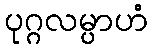
ပုဂ္ဂလမ္ပာဟံ